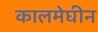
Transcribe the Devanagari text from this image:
कालमेघीन